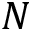
N